Indian journal of veterinary science and animal husbandry - Volume 4,
Year: 1934
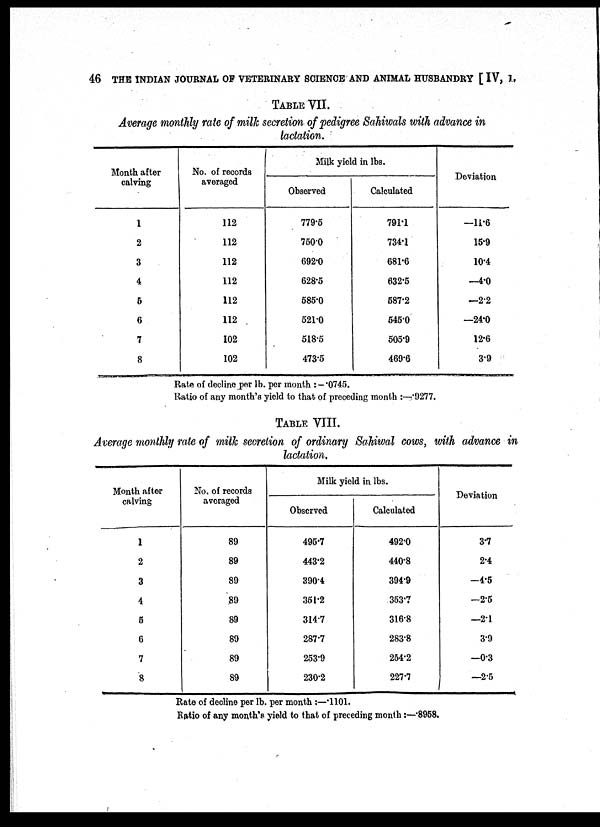
46 THE INDIAN JOURNAL OF VETERINARY SCIENCE AND ANIMAL HUSBANDRY [ IV, I.
TABLE VII.
Average monthly rate of milk secretion of pedigree Sahiwals with advance in
lactation.
Month after
calving
1
2
3
4
5
6
7
8
No. of records
averaged
112
112
112
112
112
112
102
102
Milk yield in lbs.
Observed
779.5
750.0
692.0
628.5
585.0
521.0
518.5
473.5
Calculated
791.1
734.1
681.6
632.5
587.2
545.0
505.9
469.6
Deviation
—11.6
15.9
10.4
—4.0
—2.2
—24.0
12.6
3.9
Rate of decline per lb. per month : —.0745.
Ratio of any month's yield to that of preceding month :—.9277.
TABLE VIII.
Average monthly rate of milk secretion of ordinary Sahiwal cows, with advance in
lactation.
Month after
calving
1
2
3
4
5
6
7
8
No. of records
averaged
89
89
89
89
89
89
89
89
Milk yield in lbs.
Observed
495.7
443.2
390.4
351.2
314.7
287.7
253.9
230.2
Calculated
492.0
440.8
394.9
353.7
316.8
283.8
254.2
227.7
Deviation
3.7
2.4
—4.5
—2.5
—2.1
3.9
—0.3
—2.5
Rate of decline per lb. per month :—.1101.
Ratio of any month's yield to that of preceding month:—.8968.